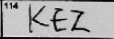
Transcription: KEZ